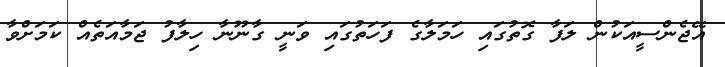
އޭޖެންސީއަކުން ލަފާ ގޮތުގައި ހަމަލާގެ ފަހަތުގައި ވަނީ ގާނޫނާ ހިލާފު ޖަމާއަތެއް ކަމަށްވާ